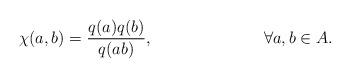
LaTeX: \begin{align*}\chi(a,b)=\frac{q(a)q(b)}{q(ab)}, && \forall a,b \in A. \end{align*}